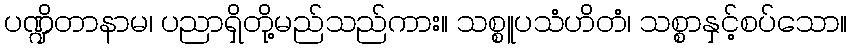
ပဏ္ဍိတာနာမ၊ ပညာရှိတို့မည်သည်ကား။ သစ္စူပသံဟိတံ၊ သစ္စာနှင့်စပ်သော။